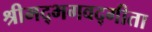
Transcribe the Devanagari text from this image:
श्रीमद्‍भगवद्‍गीता